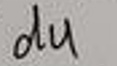
\(du\)